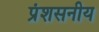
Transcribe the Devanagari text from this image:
प्रंशसनीय